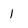
Character: 1